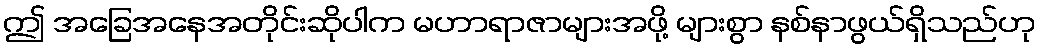
ဤ အခြေအနေအတိုင်းဆိုပါက မဟာရာဇာများအဖို့ များစွာ နစ်နာဖွယ်ရှိသည်ဟု